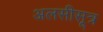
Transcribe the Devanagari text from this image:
अलसीसूत्र